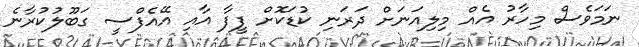
ނަމަވެސް މިހާރު އެއް މިލިއަނަށް ދަރަނި ކުޑަކޮށް ފީފާ އާއި އޭއެފްސީ ގަބޫލުކުރާނެ